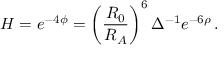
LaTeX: H = e ^ { - 4 \phi } = \left( \frac { R _ { 0 } } { R _ { A } } \right) ^ { 6 } \Delta ^ { - 1 } e ^ { - 6 \rho } \, .